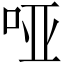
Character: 哑